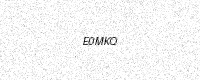
Text: E0MKQ